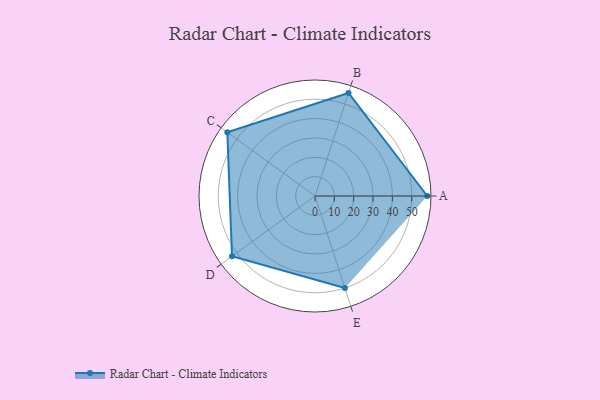
{"axis": {"x": "Skill", "y": "Score"}, "legend": ["Profile"], "data": [{"x": "A", "y": 58.0, "type": "Profile"}, {"x": "B", "y": 56.0, "type": "Profile"}, {"x": "C", "y": 56.0, "type": "Profile"}, {"x": "D", "y": 53.0, "type": "Profile"}, {"x": "E", "y": 50.0, "type": "Profile"}]}